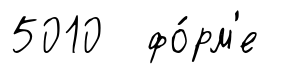
5010 фо́рм'е